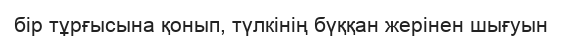
бір тұрғысына қонып, түлкінің бүққан жерінен шығуын